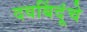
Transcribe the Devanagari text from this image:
दवबिंदूंचे